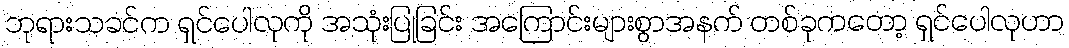
ဘုရားသခင်က ရှင်ပေါလုကို အသုံးပြုခြင်း အကြောင်းများစွာအနက် တစ်ခုကတော့ ရှင်ပေါလုဟာ